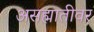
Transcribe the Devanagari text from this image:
असह्मातीवर